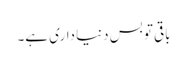
باقی تو بس دنیا داری ہے۔